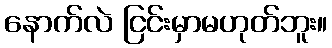
နောက်လဲ ငြင်းမှာမဟုတ်ဘူး။